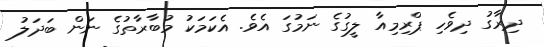
ދިރާގު ދިވެހި ޕްރިމިއާ ލީގުގެ ނަމުގަ އެވެ. އެކަމަކު މުބާރާތުގެ ނަން ބަދަލު